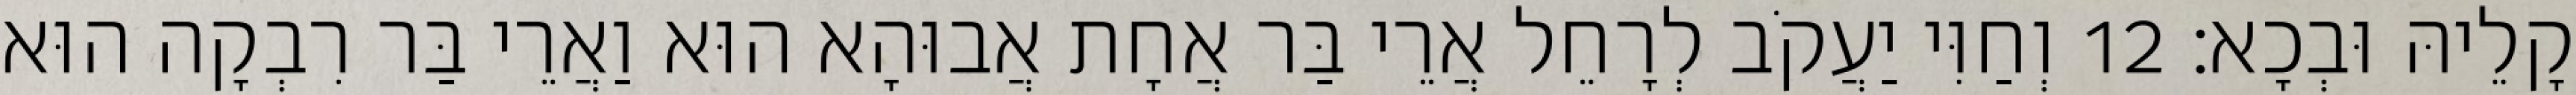
קָלֵיהּ וּבְכָא׃ 12 וְחַוִּי יַעֲקֹב לְרָחֵל אֲרֵי בַּר אֲחָת אֲבוּהָא הוּא וַאֲרֵי בַּר רִבְקָה הוּא